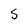
Character: S